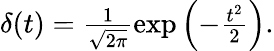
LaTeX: \begin{array}{r}{\delta(t)=\frac{1}{\sqrt{2\pi}}\exp\left(-\frac{t^{2}}{2}\right).}\end{array}